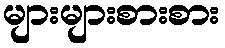
များများစားစား